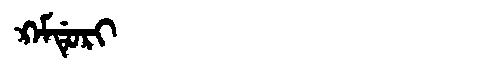
Manchu: ᡴ᠋ᠠᠮᡩᡠᡵᡳ
Romanization: K'AMDURI